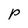
Character: P